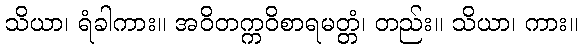
သိယာ၊ ရံခါကား။ အဝိတက္ကဝိစာရမတ္တံ၊ တည်း။ သိယာ၊ ကား။